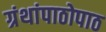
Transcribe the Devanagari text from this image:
ग्रंथांपाठोपाठ